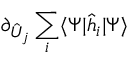
\partial _ { \hat { U } _ { j } } \sum _ { i } \langle \Psi | \hat { h } _ { i } | \Psi \rangle